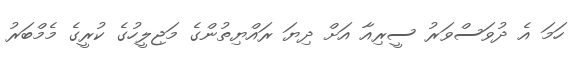
ހަމަ އެ ދުވަސްވަރު ސީރިއާ އަށް ދިޔަ ރައްޔިތުންގެ މަޖިލީހުގެ ކުރީގެ މެމްބަރު